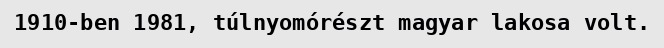
1910-ben 1981, túlnyomórészt magyar lakosa volt.